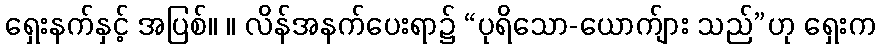
ရှေးနက်နှင့် အပြစ်။ ။ လိန်အနက်ပေးရာ၌ “ပုရိသော-ယောက်ျား သည်”ဟု ရှေးက